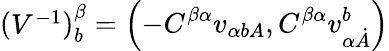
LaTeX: \left(\begin{array}{l}{{V^{-{1}}}}\end{array}\right)_{{b}}^{{\beta}}=\left(-C^{{\beta}{\alpha}}v_{{\alpha}{{b}A}},C^{{\beta}{\alpha}}v_{{\alpha}{\dot{A}}}^{{b}}\right)